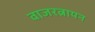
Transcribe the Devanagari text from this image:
वाजरत्नायन